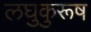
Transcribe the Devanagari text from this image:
लघुकुरूष